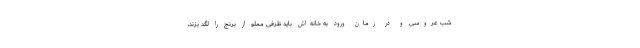
شب عروسی و در زمان ورود به خانه‌اش باید ظرفی مملو از برنج را لگد بزند،